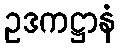
ဥဒကဋ္ဌာနံ